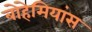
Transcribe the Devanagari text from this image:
बोहेमियांस